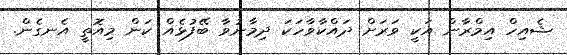
ޝެއިހް އިމްރާން އަކީ ވަރަށް ދައްކާވާހަކަ ދިމާނުވާ ބޭފުޅެއް ކަން މިއޮތީ އެނގެން.